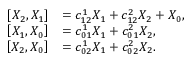
\begin{array} { r l } { \left[ X _ { 2 } , X _ { 1 } \right] } & { = c _ { 1 2 } ^ { 1 } X _ { 1 } + c _ { 1 2 } ^ { 2 } X _ { 2 } + X _ { 0 } , } \\ { \left[ X _ { 1 } , X _ { 0 } \right] } & { = c _ { 0 1 } ^ { 1 } X _ { 1 } + c _ { 0 1 } ^ { 2 } X _ { 2 } , } \\ { \left[ X _ { 2 } , X _ { 0 } \right] } & { = c _ { 0 2 } ^ { 1 } X _ { 1 } + c _ { 0 2 } ^ { 2 } X _ { 2 } . } \end{array}